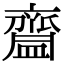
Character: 齍